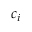
c _ { i }